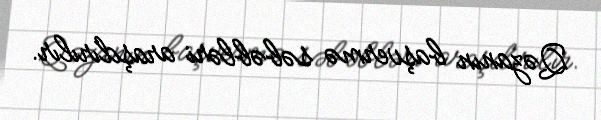
Qəzanın başvermə səbəbləri araşdırılır.